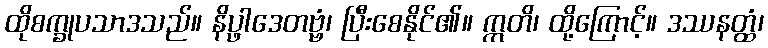
ထိုစက္ခုပသာဒသည်။ နိပ္ဖါဒေတဗ္ဗံ၊ ပြီးစေနိုင်၏။ ဣတိ၊ ထို့ကြောင့်။ ဒဿနတ္ထံ၊